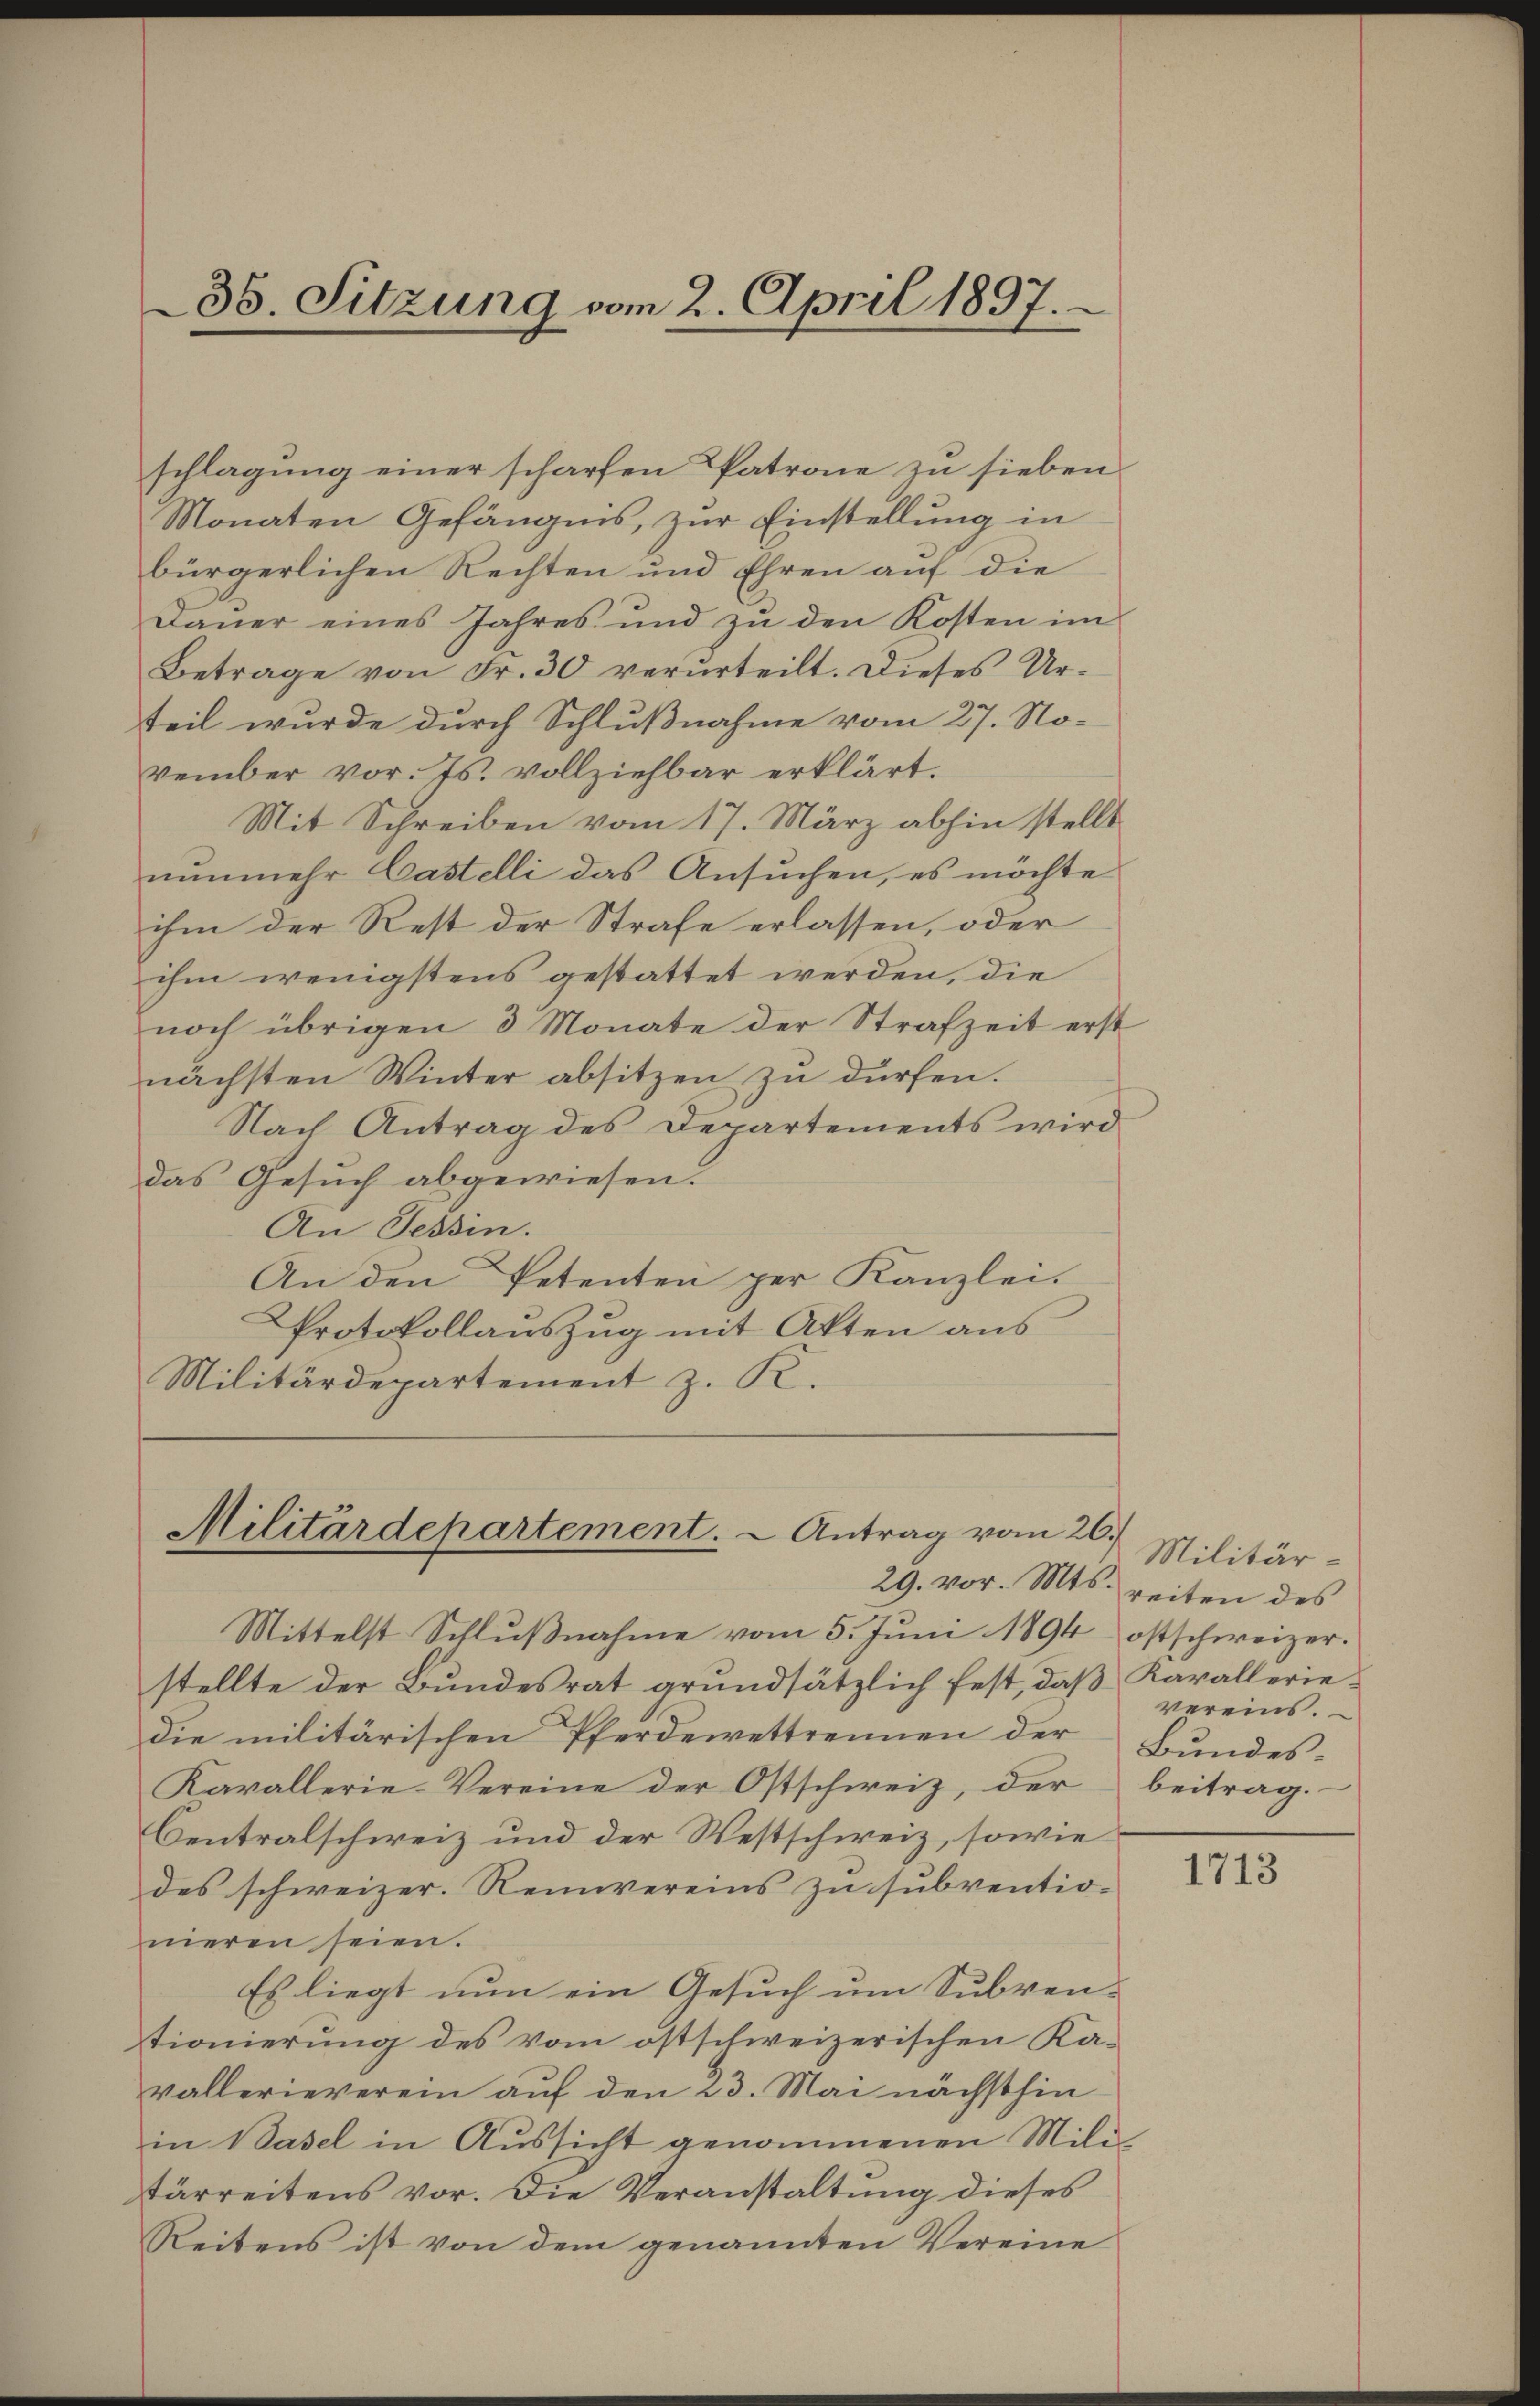
35. Sitzung vom 2. April 1897.

schlagung einer scharfen Patrone zu sieben.
Monaten Gefängnis, zur Einstellung in
bürgerlichen Rechten und Ehren auf die
Dauer eines Jahres und zu den Kosten im
Betrage von Fr. 30 verurteilt. Dieses Urteil wurde durch Schlußnahme vom 27. No-
vember vor. Js. vollziehbar erklärt.
Mit Schreiben vom 17. März abhin stellt
nunmehr Castelli das Ansuchen, es möchte
ihm der Rest der Strafe erlassen, oder
ihm wenigstens gestattet werden, die
noch übrigen 3 Monate der Strafzeit erst
nächsten Winter absitzen zu dürfen.
Nach Antrag des Departements wird
das Gesuch abgewiesen.
An Tessin.
An den Petenten per Kanzlei.
PProtokollauszug mit Akten aus
Militärdepartement z. K.

Militärdepartement. - Antrag vom 26.
29. vor. Mts.

Mittelst Schlußnahme vom 5. Juni 1894 ostschweizer.
stellte der Bundesrat grundsätzlich fest, daß Karalleriedie militärischen Pferdewettrennen der Bundes-
Kavallerie-Vereine der Ostschweiz, der
Centralschweiz und der Westschweiz, sowie
des schweizer. Reinvereins zu subventionieren seien.
Es liegt nun ein Gesuch um Subventionierung des vom ostschweizerischen Kavallerieverein auf den 23. Mai nächsthin
in Basel in Aussicht genommenen Mili
tärreitens vor. Die Veranstaltung dieses
Reitens ist von dem genannten Vereine

Militärreiten des
vereins.
beitrag.

1713